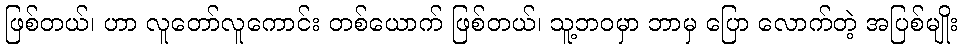
ဖြစ်တယ်၊ ဟာ လူတော်လူကောင်း တစ်ယောက် ဖြစ်တယ်၊ သူ့ဘဝမှာ ဘာမှ ပြော လောက်တဲ့ အပြစ်မျိုး